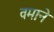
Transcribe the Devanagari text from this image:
वमाने